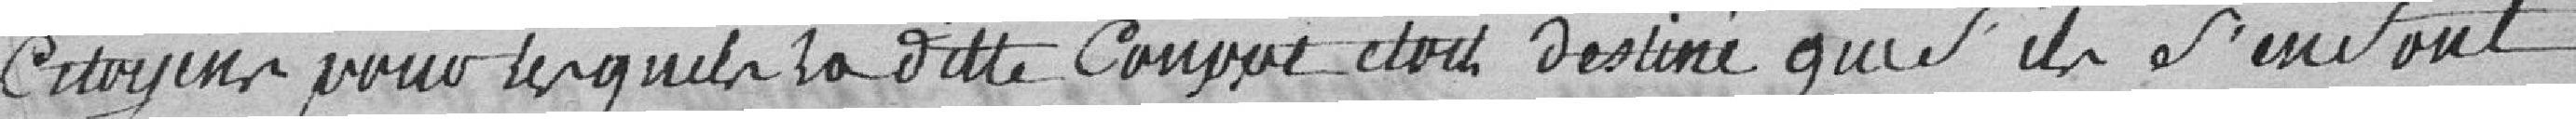
citoyens pour lesquels ladite       étant destiné